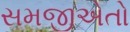
સમજીએતો